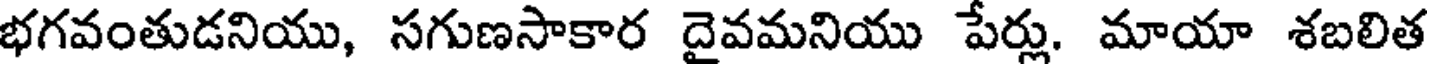
భగవంతుడనియు, సగుణసాకార దైవమనియు పేర్లు. మాయా శబలిత